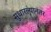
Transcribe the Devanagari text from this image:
सुधारल्यानंतर